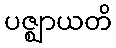
ပဇ္ဈာယတိ